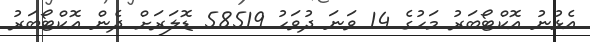
އެޅުނު އޮކްޓޯބަރު މަހުގެ 14 ވަނަ ދުވަހު 58519 ޑޮލަރަށް ދެން އޮކްޓޯބަރު